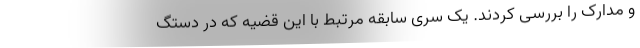
و مدارک را بررسی کردند. یک سری سابقه مرتبط با این قضیه که در دستگ